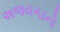
અજયગઢનો